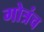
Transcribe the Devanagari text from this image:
गोत्रंच